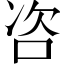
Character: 咨